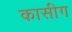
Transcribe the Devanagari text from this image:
कासीग